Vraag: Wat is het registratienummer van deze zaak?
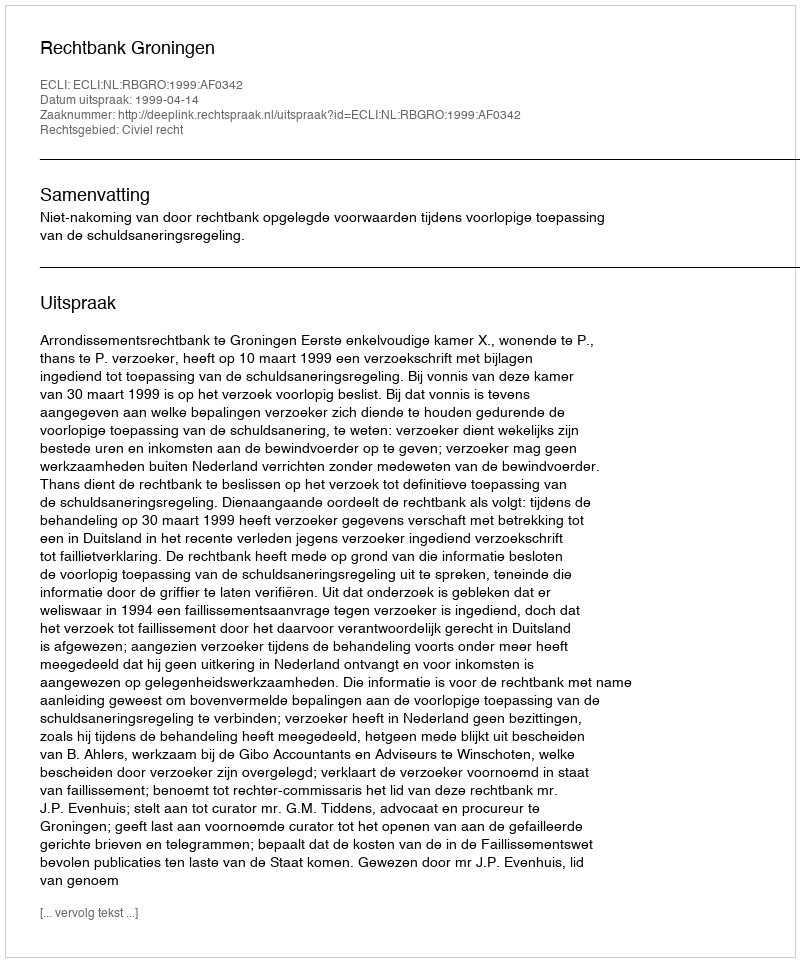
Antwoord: http://deeplink.rechtspraak.nl/uitspraak?id=ECLI:NL:RBGRO:1999:AF0342